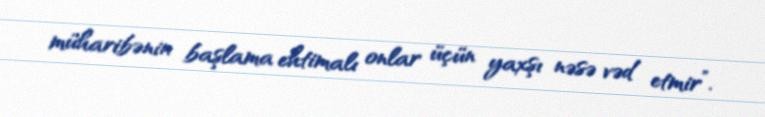
müharibənin başlama ehtimalı onlar üçün yaxşı nəsə vəd etmir”.